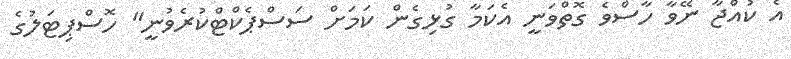
އެ ކުއްޖާ ނޭވާ ހާސްވެ ގޮތްވަނީ އެކަމާ ގުޅިގެން ކަމަށް ސަސްޕެކްޓްކުރެވުނީ" ހޮސްޕިޓަލުގެ